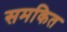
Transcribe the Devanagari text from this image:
समकित